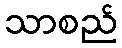
သာစည်